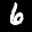
Label: 6